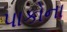
પાકોના